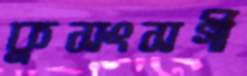
কুসংসর্গী